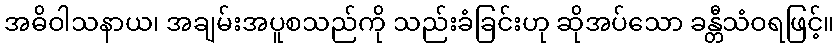
အဓိဝါသနာယ၊ အချမ်းအပူစသည်ကို သည်းခံခြင်းဟု ဆိုအပ်သော ခန္တီသံဝရဖြင့်။